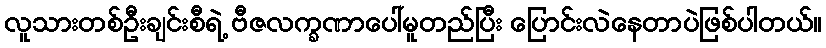
လူသားတစ်ဦးချင်းစီရဲ့ ဗီဇလက္ခဏာပေါ်မူတည်ပြီး ပြောင်းလဲနေတာပဲဖြစ်ပါတယ်။